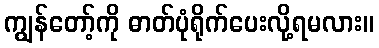
ကျွန်တော့်ကို ဓာတ်ပုံရိုက်ပေးလို့ရမလား။